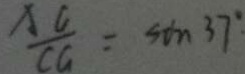
\frac { A G } { C G } = \sin 3 7 ^ { \circ }